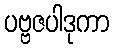
ပဗ္ဗဇပါဒုကာ